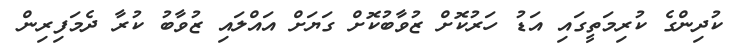
ކުދިންގެ ކުރިމަތީގައި އަޑު ހަރުކޮށް ޒުވާބުކޮށް ގަޔަށް އައްލައި ޒުވާބު ކުރާ ދެމަފިރިން